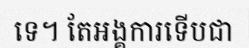
ទេ។ តែអង្គការទើបជា